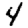
Digit: 4